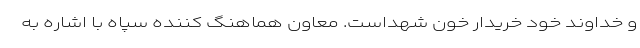
و خداوند خود خریدار خون شهداست. معاون هماهنگ کننده سپاه با اشاره به